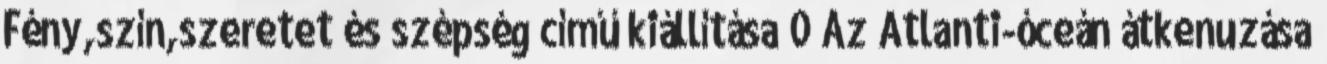
Fény,szín,szeretet és szépség című kiállítása 0 Az Atlanti-óceán átkenuzása